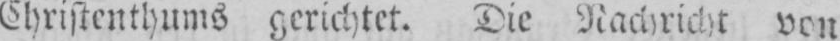
Christenthums gerichtet. Die Nachricht von